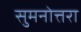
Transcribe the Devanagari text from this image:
सुमनोत्तरा